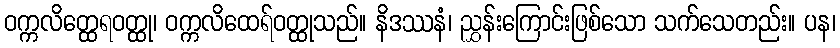
ဝက္ကလိတ္ထေရဝတ္ထု၊ ဝက္ကလိထေရ်ဝတ္ထုသည်။ နိဒဿနံ၊ ညွှန်းကြောင်းဖြစ်သော သက်သေတည်း။ ပန၊